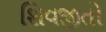
શિવજીતો